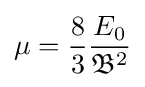
\mu ={\frac {8}{3}}{\frac {E_{0}}{{\mathfrak {B}}^{2}}}